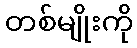
တစ်မျိုးကို